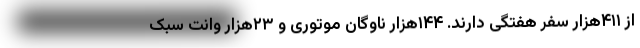
از ۴۱۱هزار سفر هفتگی دارند. ۱۴۴هزار ناوگان موتوری و ۲۳هزار وانت سبک